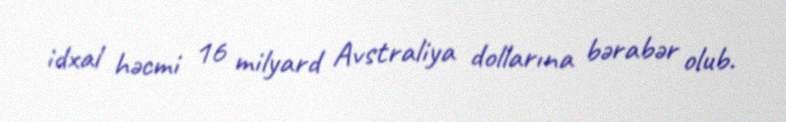
idxal həcmi 16 milyard Avstraliya dollarına bərabər olub.